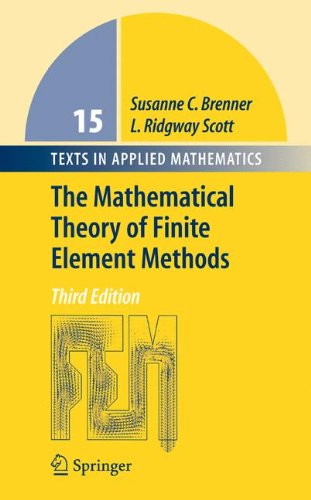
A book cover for The Mathematical Theory of Finite Element Methods (Texts in Applied Mathematics); Susanne Brenner; Science & Math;